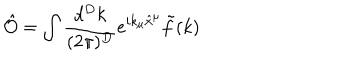
\hat { \cal O } = \int \frac { d ^ { D } k } { ( 2 \pi ) ^ { D } } e ^ { i k _ { \mu } \hat { x } ^ { \mu } } \tilde { f } ( k )